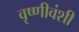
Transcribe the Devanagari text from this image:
वृष्णीवंशी